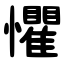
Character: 懼